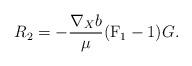
LaTeX: \begin{align*} R_2 = -\frac{\nabla_X b}{\mu}( \mathrm{F}_1-1) G. \end{align*}